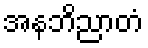
အနဘိညာတံ